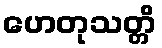
ဟေတုသတ္တိ